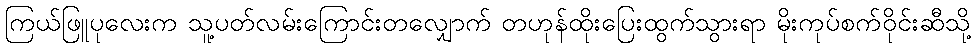
ကြယ်ဖြူပုလေးက သူ့ပတ်လမ်းကြောင်းတလျှောက် တဟုန်ထိုးပြေးထွက်သွားရာ မိုးကုပ်စက်ဝိုင်းဆီသို့